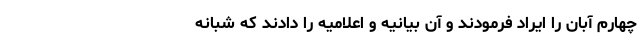
چهارم آبان را ایراد فرمودند و آن بیانیه و اعلامیه را دادند که شبانه